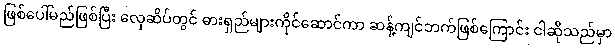
ဖြစ်ပေါ်မည်ဖြစ်ပြီး လှေဆိပ်တွင် ဓားရှည်များကိုင်ဆောင်ကာ ဆန့်ကျင်ဘက်ဖြစ်ကြောင်း ငါဆိုသည်မှာ